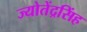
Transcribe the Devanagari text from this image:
ज्योतेंद्रसिंह